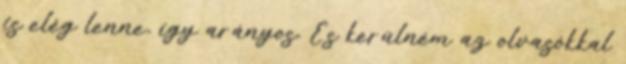
is elég lenne, így arányos. És kerülném az olvasókkal